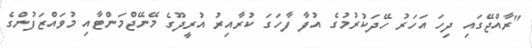
"ރާއްޖޭގައި ދިހަ އަހަރު ހޭދަކުރުމުގެ އުފާ ފާހަގަ ކުރާއިރު އުރީދޫގެ މޭނޭޖްމަންޓާއި މުވައްޒަފުންގެ